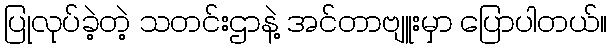
ပြုလုပ်ခဲ့တဲ့ သတင်းဌာနဲ့ အင်တာဗျူးမှာ ပြောပါတယ်။